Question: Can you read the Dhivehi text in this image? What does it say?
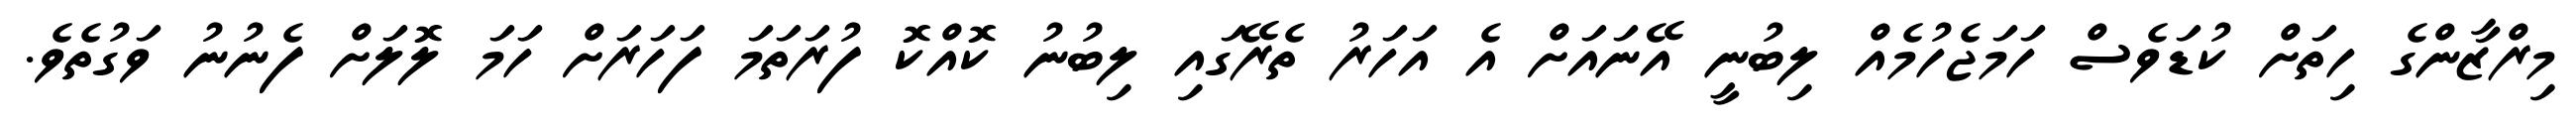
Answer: މިރްޒާންގެ ހިތަށް ކުޑަވެސް ހަމަޖެހުމެއް ލިބުނީ އޭނައަށް އެ އަހަރު ތެރޭގައި ލިބުނު ކޮއްކޮ ފުރަތަމަ ފަހަރަށް ހަމަ ލޮލަށް ފެނުނު ވަގުތެވެ.